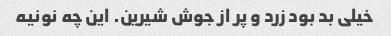
خیلی بد بود زرد و پر از جوش شیرین. این چه نونیه